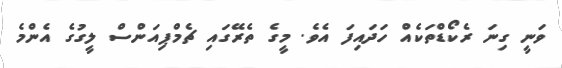
ވަނީ ގިނަ ރެކޯޑްތަކެއް ހަދައިފަ އެވެ. މީގެ ތެރޭގައި ޗެމްޕިއަންސް ލީގުގެ އެންމެ